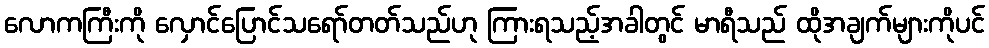
လောကကြီးကို လှောင်ပြောင်သရော်တတ်သည်ဟု ကြားရသည့်အခါတွင် မာရီသည် ထိုအချက်များကိုပင်